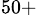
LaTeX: ^{50+}